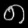
Digit: ၈